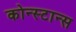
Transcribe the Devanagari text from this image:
कोन्स्टान्स